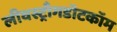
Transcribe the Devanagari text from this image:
लीवस्ट्राँगडॉटकॉम